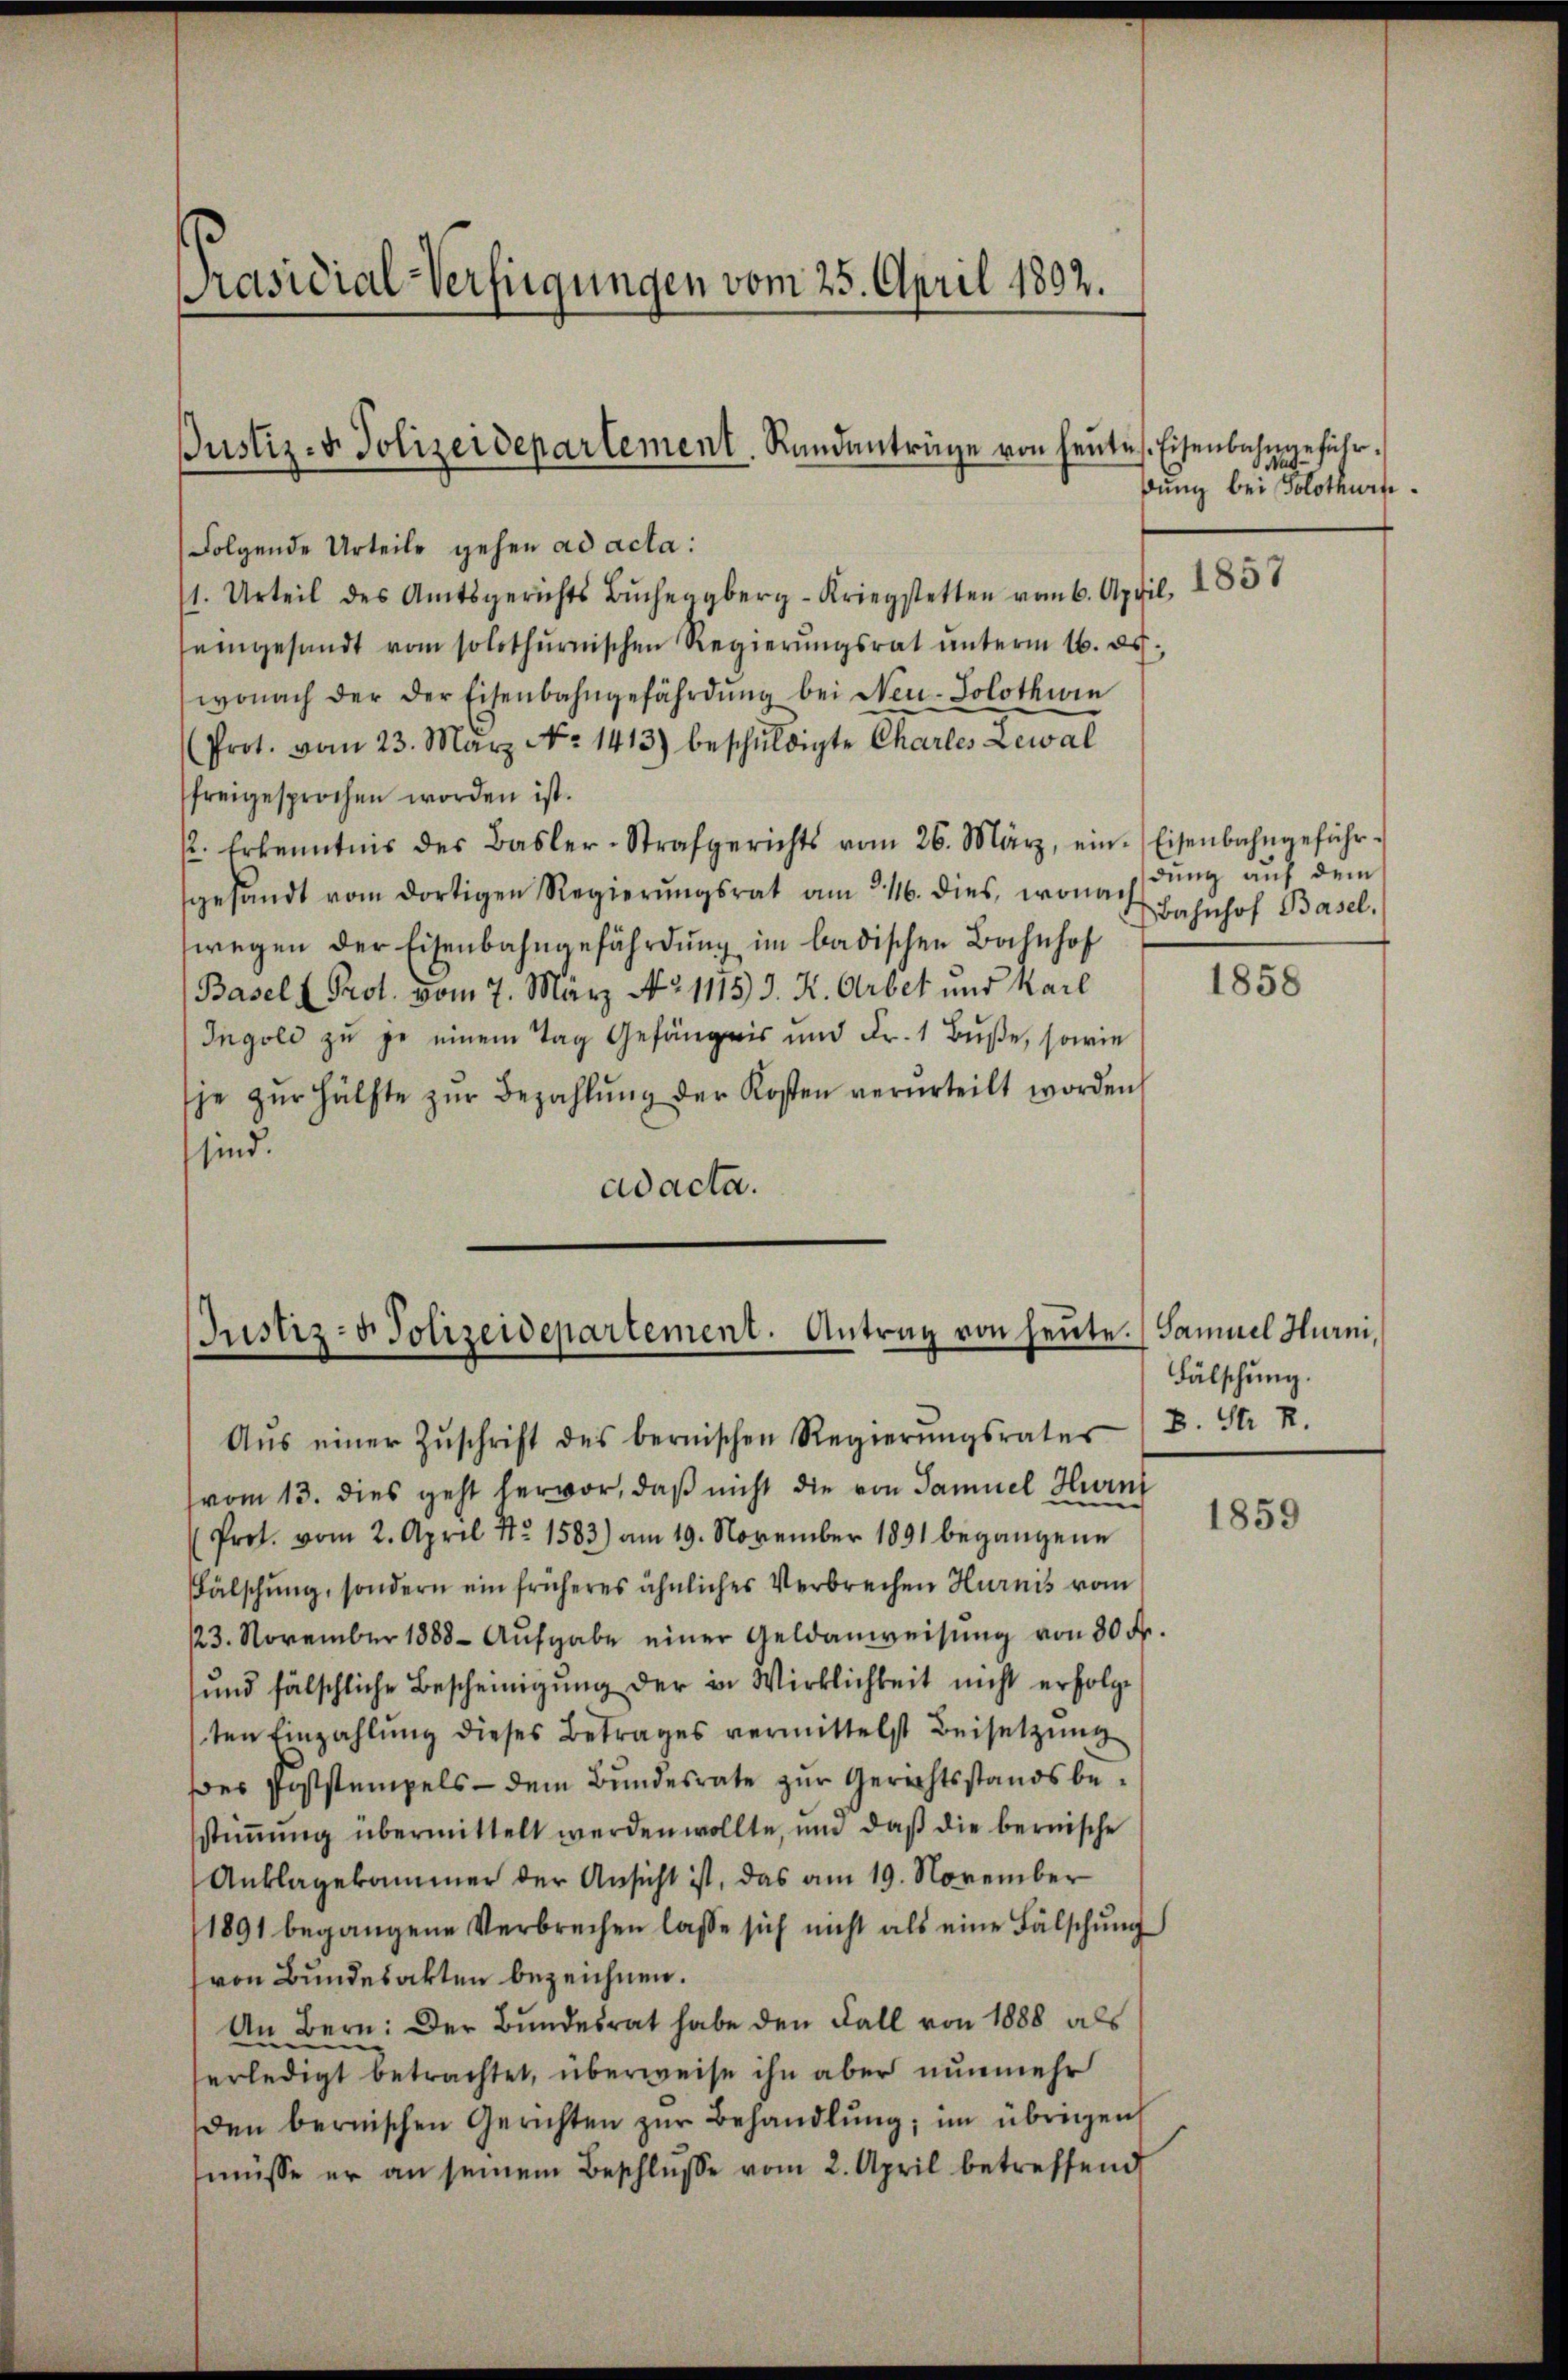
Präsidial-Verfügungen vom 25. April 1892.

Folgende Urteile gehen ad acta:
1. Urteil des Amtsgerichts Bŭchberg-Kriegstetten vom 6. April 1857
seingesandt vom solothŭrnischen Regierŭngsrat ŭnterm 16. ds.
wonach der der Eisenbahngefährdŭng bei Neu-Solothwin
(Prot. vom 23. März No. 1413) beschŭldigte Charles Lewal
freigesprochen worden ist.
p. Erkenntnis der Basler-Strafgerichts vom 26. März, ein-Eisenbahngeführ-
gesandt vom dortigen Regierŭngsrat am 216. dies, wonach Bahnhof Basel.
wegen der Eisenbahngefährdung im badischen Bahnhof
(Basell Prot. vom 7. März Ao. 1115 J. K. Arbet und Karl
Ingold zu je einem Tag Gefängnis und Fr. 1 Buße, sowie
je zŭr Hälfte zŭr Bezahlŭng der Kosten verurteilt worden
sind.
ad acta.

Justiz- & Polizeidepartement. Randanträge von heute Eisenbahngeführ¬

Justiz- & Polizeidepartement. Antrag von heute

dung bei Polothurte

Aŭs einer Zŭschrift des bernischen Regierŭngsrates
vom 13. dies geht hervor, daß nicht die von Samuel Hurni
Prot. vom 2. April No 1583) am 19. November 1891 begangene
Fälschung, sondern ein früheres ähnliches Verbrechen Hurnis vom
123. November 1888. Aufgabe einer Geldanweisung von 30 Fr.
und fälschliche Bescheinigung der in Wirklichkeit nicht erfolge
ten Einzahlung dieses Betrages vermittelst Beisetzung
Des Poststempels - dem Bundesrate zur Gerichtsstandsbestimmung übermittelt werden wollte, und daß die bernische
Anklagekammer der Ansicht ist, das am 19. November
1891 begangene Verbrechen lasse sich nicht als eine Fälschung
von Bundesakten bezeichnen.
An Bern: Der Bundesrat habe den Fall von 1888 als
erledigt betrachtet, überweise ihn aber nunmehr
den bernischen Gerichten zŭr Behandlŭng, im übrigen
müsse er an seinem Beschlŭsse vom 2. April betreffend

dung auf dem

1858

Samuel Hurni,
Fälschung.
B. St R.

1859